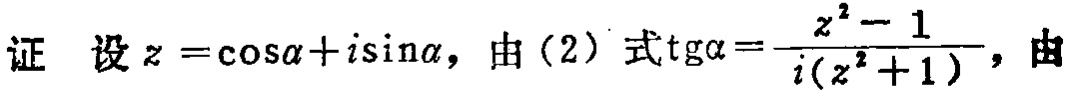
证 设\(z = \cos\alpha + i\sin\alpha\)，由(2)式\(\text{tg}\alpha=\frac{z^{2}-1}{i(z^{2}+1)}\)，由